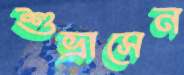
শুভ্রাসেন